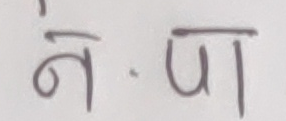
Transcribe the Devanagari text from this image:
नं. पा